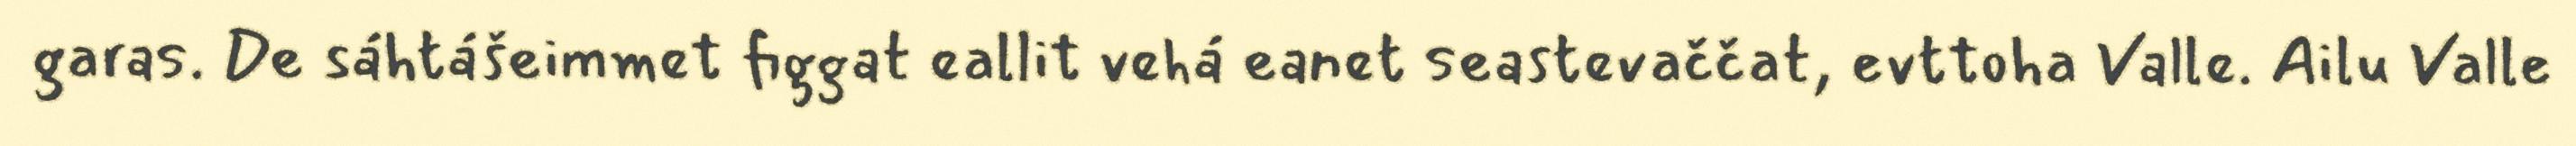
garas. De sáhtášeimmet figgat eallit vehá eanet seastevaččat, evttoha Valle. Ailu Valle